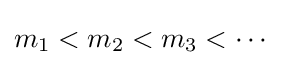
m_{1}<m_{2}<m_{3}<\cdots